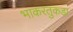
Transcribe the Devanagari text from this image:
भाकरतुकडा